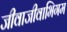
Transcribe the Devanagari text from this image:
जीवाजीवाभिगम